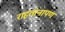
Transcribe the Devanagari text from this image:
राहतांनापण